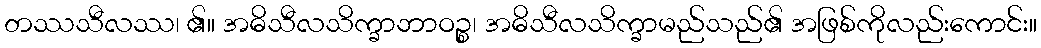
တဿသီလဿ၊ ၏။ အဓိသီလသိက္ခာဘာဝဉ္စ၊ အဓိသီလသိက္ခာမည်သည်၏ အဖြစ်ကိုလည်းကောင်း။